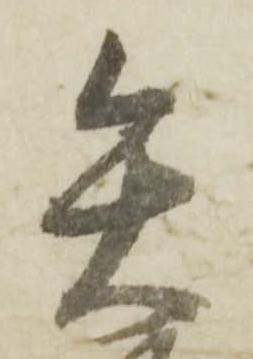
矢